Punjab Mental Hospital Lahore 1922-31 - 1922-1931
Year: 1922
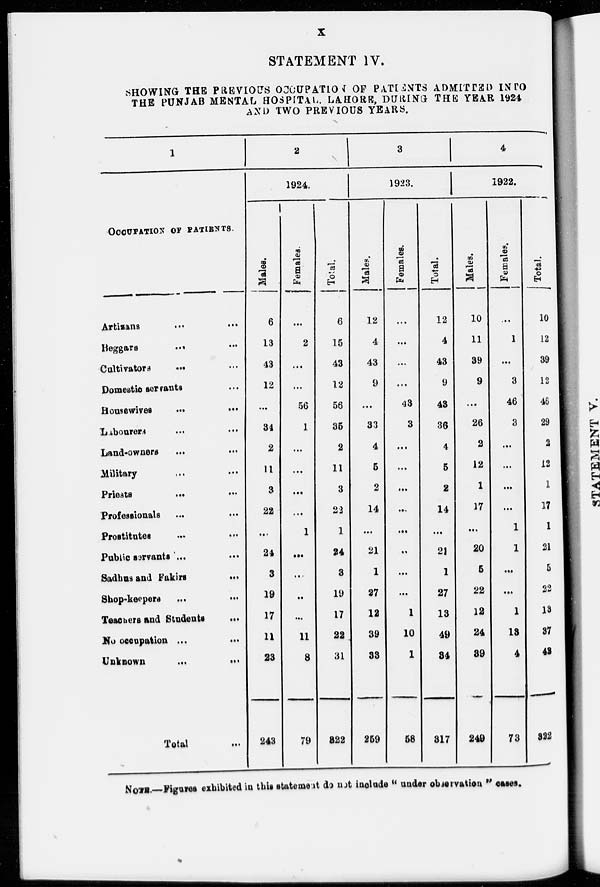
x
STATEMENT IV.
SHOWING THE PREVIOUS OCCUPATION OF PATIENTS ADMITTED INTO
THE PUNJAB MENTAL HOSPITAL LAHORE, DURING THE YEAR 1924
AND TWO PREVIOUS YEARS.
1
OCCUPATION OF PATIENTS.
Artisans
...
...
Beggars ... ...
Cultivators
...
Domestic servants
Housewives
...
...
Labourers
...
...
Land-owners
...
...
Military ... ...
Priests
...
...
Professionals
...
...
Prostitutes ... ...
Public servants ... ...
Sadhus and Fakirs
...
Shop-keepers
...
...
Teachers and Students
...
No occupation ...
...
Unknown
...
...
Total ...
2
1924.
Males.
6
13
43
12
...
34
2
11
3
22
...
24
3
19
17
11
23
243
Females.
...
2
...
...
56
1
...
...
...
...
1
...
...
...
...
11
8
79
Total.
6
15
43
12
56
35
2
11
3
22
1
24
3
19
17
22
31
322
3
1923.
Males.
12
4
43
9
...
33
4
5
2
14
...
21
1
27
12
39
33
259
Females.
...
...
...
...
43
3
...
...
...
...
...
...
...
...
1
10
1
58
Total.
12
4
43
9
43
36
4
5
2
14
...
21
1
27
13
49
34
317
4
1922.
Males.
10
11
39
9
...
26
2
12
1
17
...
20
5
22
12
24
39
249
Females.
...
1
...
3
46
3
...
...
...
...
1
1
...
...
1
13
4
73
Total.
10
12
39
12
46
29
2
12
1
17
1
21
5
22
13
37
42
322
NOTE—Figures exhibited in this statement do not include " under observation '' cases.